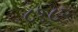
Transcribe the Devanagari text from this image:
८१८२